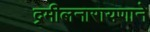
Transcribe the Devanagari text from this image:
द्रमीलनारायणाने